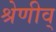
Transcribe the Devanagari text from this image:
श्रेणीव्